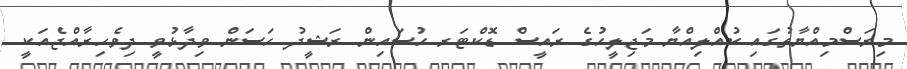
މިރަސްމިއްޔާތުގައި ކުއްލިއްޔާ މަޖިލީހުގެ ރައީސް ޑޮކްޓަރ ހުސައިން ރަޝީދު ހަސަން ވިދާޅުވީ ދިވެހިރާއްޖެއަކީ